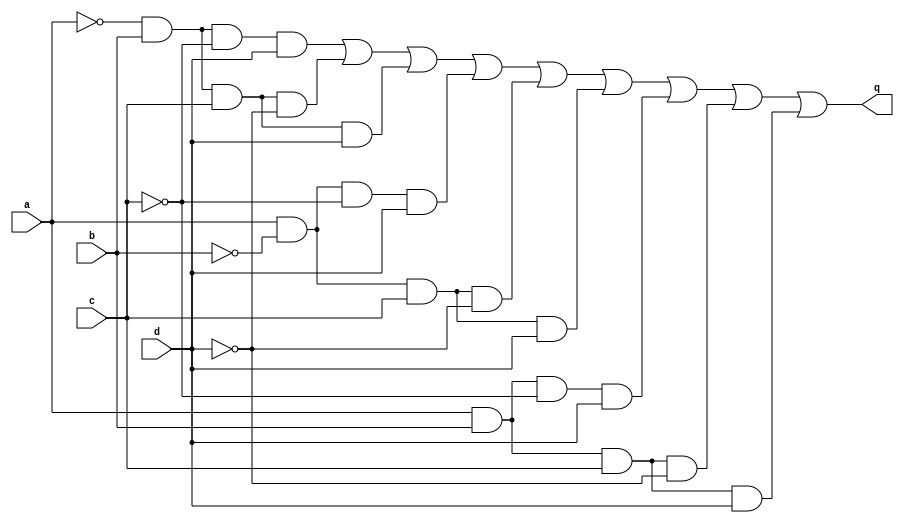
module top_module (
    input a,
    input b,
    input c,
    input d,
    output q );//

    assign q = ~a && b && ~c && d || ~a && b && c && ~d || ~a && b && c && d || a && ~b && ~c && d ||
    a && ~b && c && ~d || a && ~b && c && d || a && b && ~c && d || a && b && c && ~d || a && b && c && d; // Fix me

endmodule